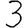
Digit: 3